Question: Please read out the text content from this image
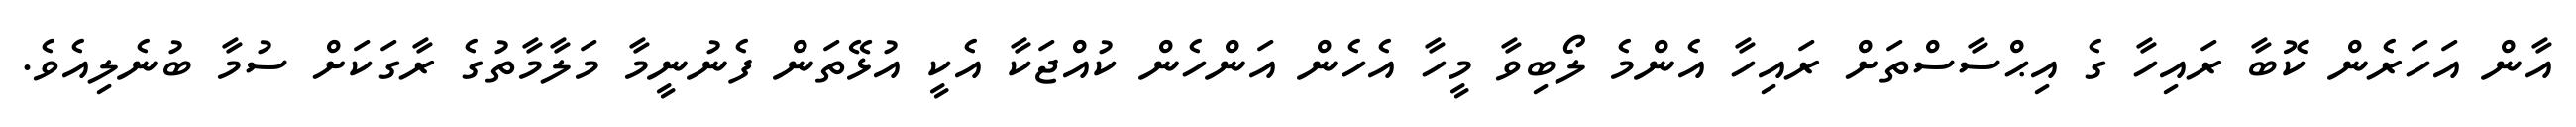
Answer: އާން އަހަރެން ކޮބާ ރައިހާ ގެ އިޙްސާސްތަށް ރައިހާ އެންމެ ލޯބިވާ މީހާ އެހެން އަންހެން ކުއްޖަކާ އެކީ އުޅޭތަން ފެނުނީމާ މަލާމާތުގެ ރާގަކަށް ސުމާ ބުނެލިއެވެ.